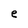
Character: e